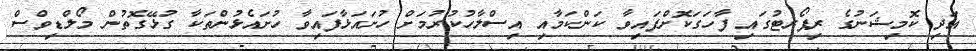
އަދި ކޮމިޝަނުގެ ރިޕޯރޓުގައި ފާހަގަކޮށްފައިވާ ކަންކަމާއި އިސްލާހުކުރުމަށް ހުށައަޅާފައިވާ ހުށައެޅުންތަކާ ގުޅޭގޮތުން މޯލްޑިވްސް